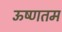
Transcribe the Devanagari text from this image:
ऊष्णतम